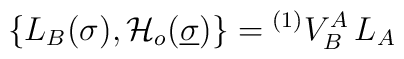
\{L_B(\sigma),{\cal H}_{o}(\underline{\sigma})\}= {}^{(1)}V_B^A \, L_A